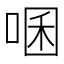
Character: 㖥